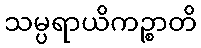
သမ္ပရာယိကဉ္စာတိ